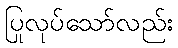
ပြုလုပ်သော်လည်း